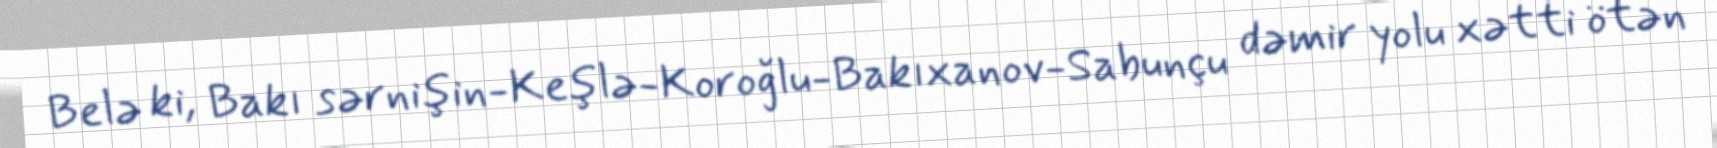
Belə ki, Bakı sərnişin-Keşlə-Koroğlu-Bakıxanov-Sabunçu dəmir yolu xətti ötən